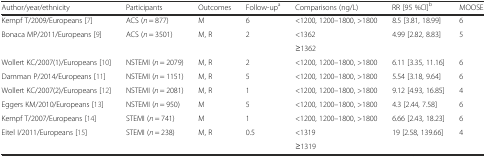
<table><thead><tr><td><b>Author/year/ethnicity</b></td><td><b>Participants</b></td><td><b>Outcomes</b></td><td><b>Follow-up<sup>a</sup></b></td><td><b>Comparisons (ng/L)</b></td><td><b>RR [95 %CI]<sup>b</sup></b></td><td><b>MOOSE</b></td></tr></thead><tbody><tr><td>Kempf T/2009/Europeans [7]</td><td>ACS (<i>n</i> = 877)</td><td>M</td><td>6</td><td>&lt;1200, 1200–1800, &gt;1800</td><td>8.5 [3.81, 18.99]</td><td>6</td></tr><tr><td rowspan="2">Bonaca MP/2011/Europeans [9]</td><td rowspan="2">ACS (<i>n</i> = 3501)</td><td rowspan="2">M, R</td><td rowspan="2">2</td><td>&lt;1362</td><td rowspan="2">4.99 [2.82, 8.83]</td><td rowspan="2">5</td></tr><tr><td>≥1362</td></tr><tr><td>Wollert KC/2007(1)/Europeans [10]</td><td>NSTEMI (<i>n</i> = 2079)</td><td>M, R</td><td>2</td><td>&lt;1200, 1200–1800, &gt;1800</td><td>6.11 [3.35, 11.16]</td><td>6</td></tr><tr><td>Damman P/2014/Europeans [11]</td><td>NSTEMI (<i>n</i> = 1151)</td><td>M, R</td><td>5</td><td>&lt;1200, 1200–1800, &gt;1800</td><td>5.54 [3.18, 9.64]</td><td>6</td></tr><tr><td>Wollert KC/2007(2)/Europeans [12]</td><td>NSTEMI (<i>n</i> = 2081)</td><td>M, R</td><td>1</td><td>&lt;1200, 1200–1800, &gt;1800</td><td>9.12 [4.93, 16.85]</td><td>4</td></tr><tr><td>Eggers KM/2010/Europeans [13]</td><td>NSTEMI (<i>n</i> = 950)</td><td>M</td><td>5</td><td>&lt;1200, 1200–1800, &gt;1800</td><td>4.3 [2.44, 7.58]</td><td>6</td></tr><tr><td>Kempf T/2007/Europeans [14]</td><td>STEMI (<i>n</i> = 741)</td><td>M</td><td>1</td><td>&lt;1200, 1200–1800, &gt;1800</td><td>6.66 [2.43, 18.23]</td><td>6</td></tr><tr><td rowspan="2">Eitel I/2011/Europeans [15]</td><td rowspan="2">STEMI (<i>n</i> = 238)</td><td rowspan="2">M, R</td><td rowspan="2">0.5</td><td>&lt;1319</td><td rowspan="2">19 [2.58, 139.66]</td><td rowspan="2">4</td></tr><tr><td>≥1319</td></tr></tbody></table>